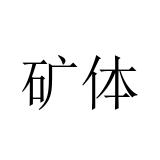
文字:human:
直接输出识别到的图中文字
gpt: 矿体